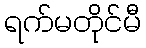
ရက်မတိုင်မီ